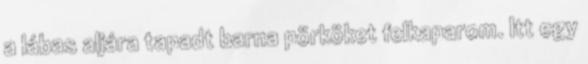
a lábas aljára tapadt barna pörköket felkaparom. Itt egy